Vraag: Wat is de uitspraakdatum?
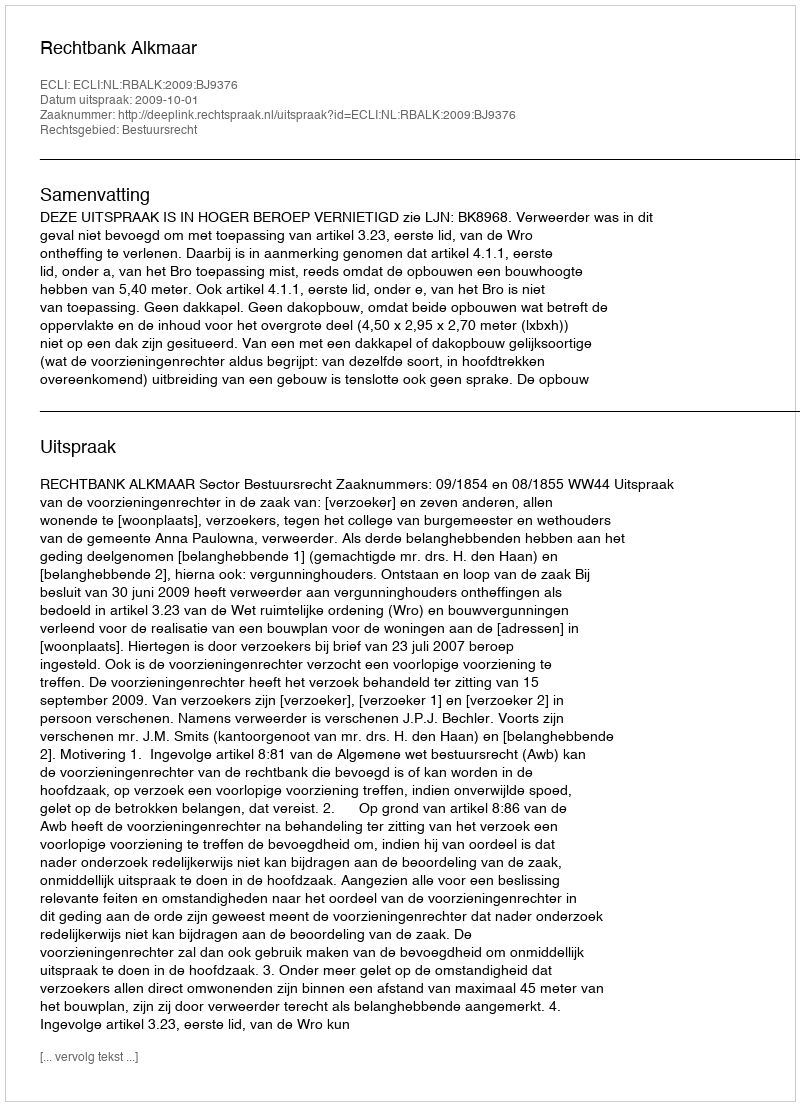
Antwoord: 2009-10-01